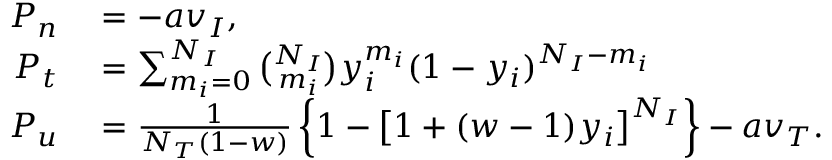
\begin{array} { r l } { P _ { n } } & { { } = - a v _ { I } , } \\ { P _ { t } } & { { } = \sum _ { m _ { i } = 0 } ^ { N _ { I } } \binom { N _ { I } } { m _ { i } } y _ { i } ^ { m _ { i } } ( 1 - y _ { i } ) ^ { N _ { I } - m _ { i } } } \\ { P _ { u } } & { { } = \frac { 1 } { N _ { T } ( 1 - w ) } \left\{ 1 - \left[ 1 + ( w - 1 ) y _ { i } \right] ^ { N _ { I } } \right\} - a v _ { T } . } \end{array}